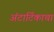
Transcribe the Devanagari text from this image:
अंटार्टिकाचा